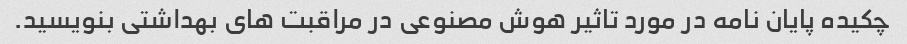
چکیده پایان نامه در مورد تاثیر هوش مصنوعی در مراقبت های بهداشتی بنویسید.